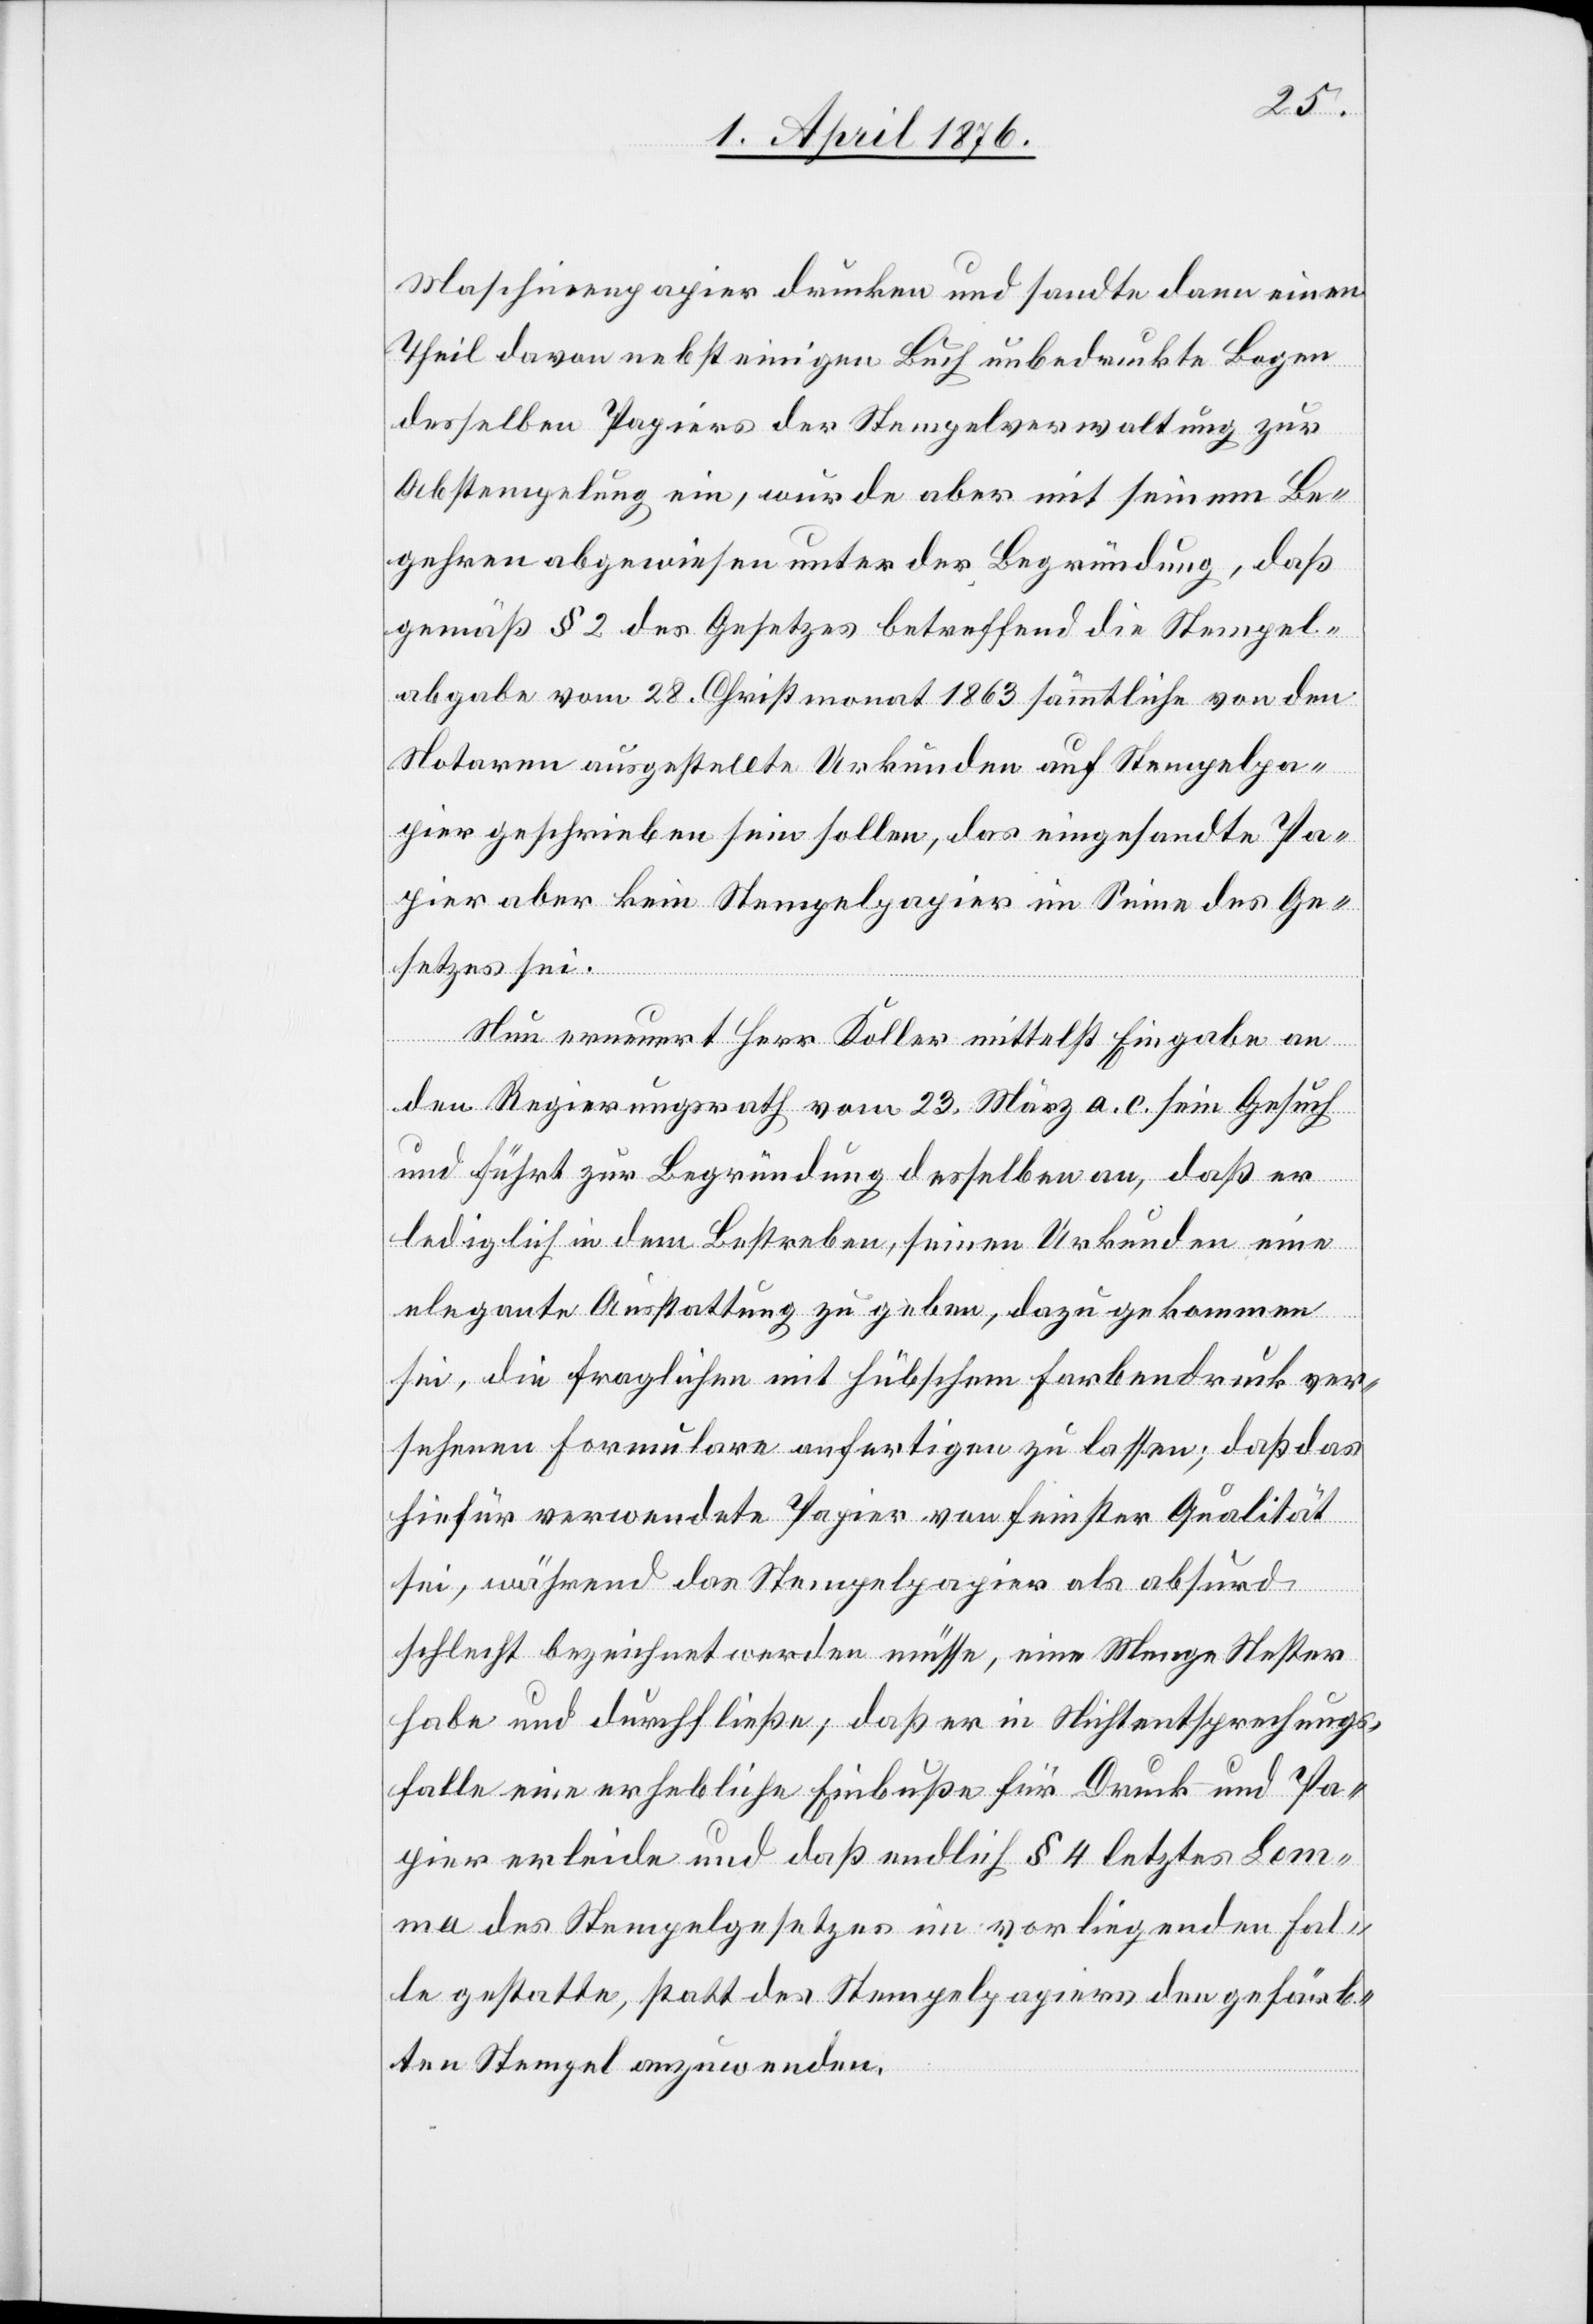
Maschinenpapier drucken und sandte dann einen
Theil davon nebst einigen Buch unbedruckte Bogen
desselben Papiers der Stempelverwaltung zur
Abstempelung ein, wurde aber mit seinem Be¬
gehren abgewiesen unter der Begründung, daß
gemäß § 2 des Gesetzes betreffend die Stempel¬
abgabe vom 28. Christmonat 1863 sämmtliche von den
Notaren ausgestellte Urkunden auf Stempelpa¬
pier geschrieben sein sollen, das eingesandte Pa¬
pier aber kein Stempelpapier im Sinne des Ge¬
setzes sei.
Nun erneuert Herr Koller Mittelst Eingabe an
den Regierungsrath vom 23. März a. c. sein Gesuch
und führt zur Begründung desselben an, daß er
lediglich in dem Bestreben, seinen Urkunden eine
elegante Ausstattung zu geben, dazu gekommen
sei, die fraglichen mit hübschen Farbendruck ver¬
sehenen Formularen anfertigen zu lassen; daß das
hiefür verwendete Papier von feinster Qualität
sei, während das Stempelpapier als absurd
schlecht bezeichnet werden müsse, eine Menge Nester
habe und durchließe; daß er in [sic!] Nichtentsprechungs¬
falle eine erhebliche Einbuße für Druck- und Pa¬
pier erleide und daß endlich § 4 letztes Lem¬
ma des Stempelgesetzes im vorliegenden Fal¬
le gestatte, statt des Stempelpapiers den gefärb¬
ten Stempel anzuwenden.